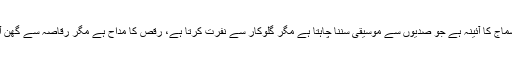
یہ اس سماج کا آئینہ ہے جو صدیوں سے موسیقی سننا چاہتا ہے مگر گلوکار سے نفرت کرتا ہے، رقص کا مداح ہے مگر رقاصہ سے گھن آتی ہے۔